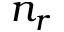
n _ { r }